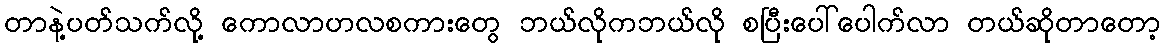
တာနဲ့ပတ်သက်လို့ ကောလာဟလစကားတွေ ဘယ်လိုကဘယ်လို စပြီးပေါ်ပေါက်လာ တယ်ဆိုတာတော့